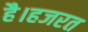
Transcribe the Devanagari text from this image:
है।हजरत